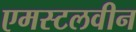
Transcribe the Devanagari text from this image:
एमस्टलवीन